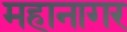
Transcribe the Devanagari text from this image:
महानागर